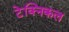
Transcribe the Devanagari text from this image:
टेक्‍िनकल